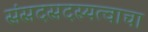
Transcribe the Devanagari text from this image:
संसदसदस्यत्वाचा